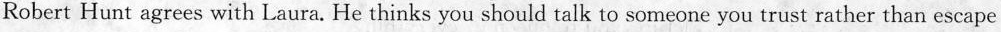
Robert Hunt agrees with Laura. He thinks you should talk to someone you trust rather than escape